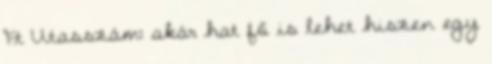
Ft Utasszám: akár hat fő is lehet hiszen egy